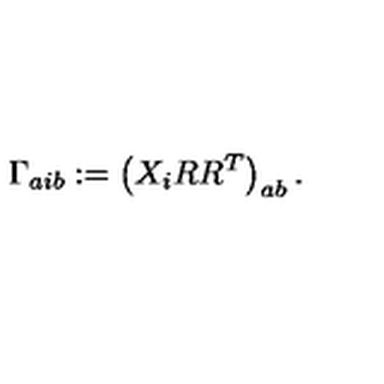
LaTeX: \Gamma _ { a i b } : = \left( X _ { i } R R ^ { T } \right) _ { a b } .